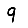
Digit: 9